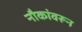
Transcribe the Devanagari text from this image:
नौकांवरून